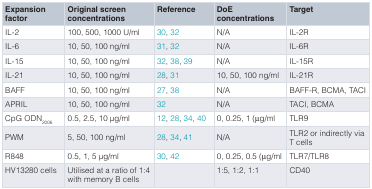
<table><thead><tr><td><b>Expansionfactor</b></td><td><b>Original screenconcentrations</b></td><td><b>Reference</b></td><td><b>DoEconcentrations</b></td><td><b>Target</b></td></tr></thead><tbody><tr><td>IL-2</td><td>100, 500, 1000 U/ml</td><td>30,32</td><td>N/A</td><td>IL-2R</td></tr><tr><td>IL-6</td><td>10, 50, 100 ng/ml</td><td>31,32</td><td>N/A</td><td>IL-6R</td></tr><tr><td>IL-15</td><td>10, 50, 100 ng/ml</td><td>32,38,39</td><td>N/A</td><td>IL-15R</td></tr><tr><td>IL-21</td><td>10, 50, 100 ng/ml</td><td>28,31</td><td>10, 50, 100 ng/ml</td><td>IL-21R</td></tr><tr><td>BAFF</td><td>10, 50, 100 ng/ml</td><td>27,38</td><td>N/A</td><td>BAFF-R, BCMA, TACI</td></tr><tr><td>APRIL</td><td>10, 50, 100 ng/ml</td><td>32</td><td>N/A</td><td>TACI, BCMA</td></tr><tr><td>CpG ODN<sub>2006</sub></td><td>0.5, 2.5, 10 μg/ml</td><td>12,28,34,40</td><td>0, 0.25, 1 (g/ml</td><td>TLR9</td></tr><tr><td>PWM</td><td>5, 50, 100 ng/ml</td><td>28,34,41</td><td>N/A</td><td>TLR2 or indirectly viaT cells</td></tr><tr><td>R848</td><td>0.5, 1, 5 μg/ml</td><td>30,42</td><td>0, 0.25, 0.5 (g/ml</td><td>TLR7/TLR8</td></tr><tr><td>HV13280 cells</td><td>Utilised at a ratio of 1:4with memory B cells</td><td></td><td>1:5, 1:2, 1:1</td><td>CD40</td></tr></tbody></table>